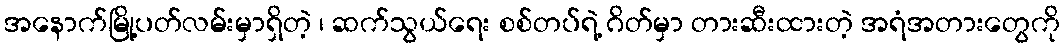
အနောက်မြို့ပတ်လမ်းမှာရှိတဲ့ ၊ ဆက်သွယ်ရေး စစ်တပ်ရဲ့ ဂိတ်မှာ တားဆီးထားတဲ့ အရံအတားတွေကို